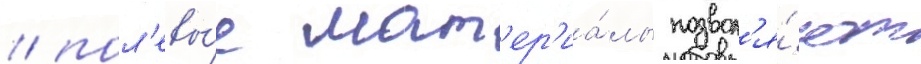
/ пол'евы́е мат'ер'иа́лы позвол'я́ют